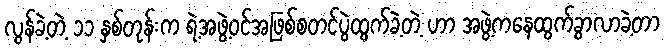
လွန်ခဲ့တဲ့ ၁၁ နှစ်တုန်းက ရဲ့အဖွဲ့ဝင်အဖြစ်စတင်ပွဲထွက်ခဲ့တဲ့ ဟာ အဖွဲ့ကနေထွက်ခွာလာခဲ့တာ